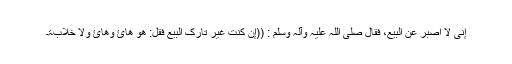
إِنِّیْ لَا أَصْبِرُ عَنِ الْبَیْعِ، فَقَالَ ‌صلی ‌اللہ ‌علیہ ‌وآلہ ‌وسلم : ((إِنْ کُنْتَ غَیْرَ تَارِکِ الْبَیْعِ فَقُلْ: ھُوَ ھَائَ وَھَائَ وَلَا خِلَابَۃَ۔